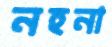
নহনা